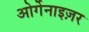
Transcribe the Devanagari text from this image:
ओर्गेनाइज़र